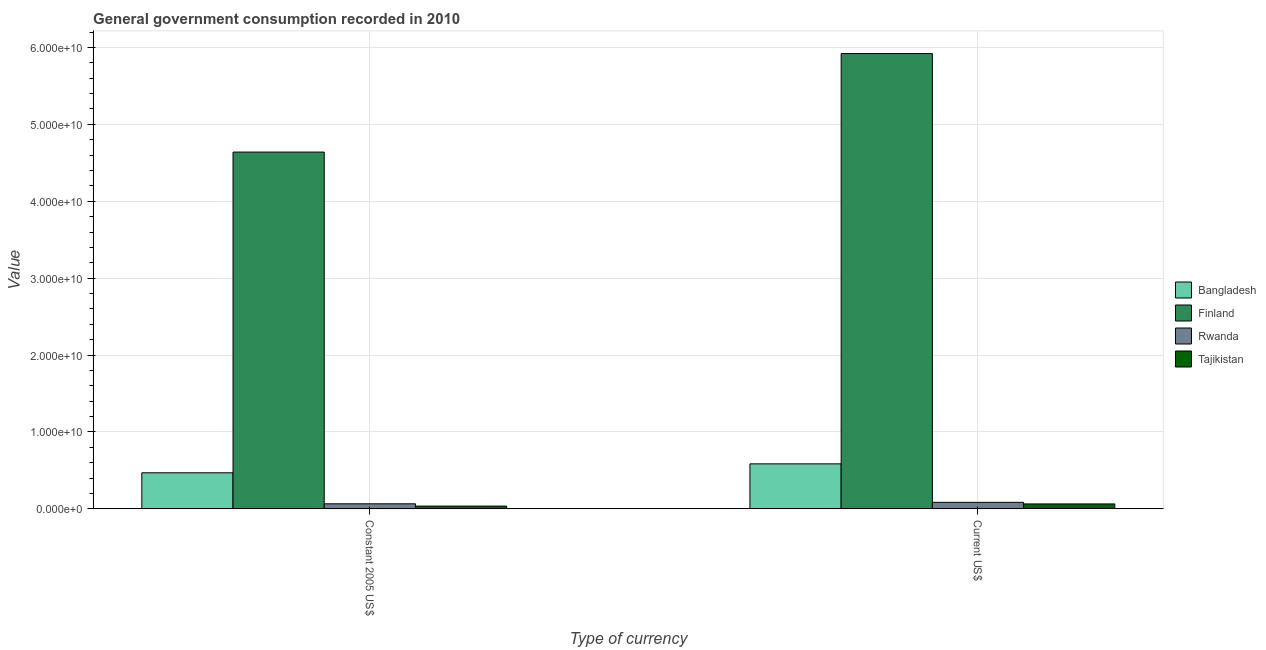
| Type of currency | Bangladesh | Finland | Rwanda | Tajikistan |
 | --- | --- | --- | --- | --- |
 | Constant 2005 US$ | 4.69e+09 | 4.64e+10 | 6.55e+08 | 3.58e+08 |
 | Current US$ | 5.85e+09 | 5.92e+10 | 8.47e+08 | 6.39e+08 |